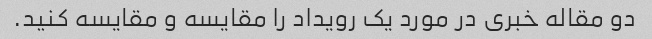
دو مقاله خبری در مورد یک رویداد را مقایسه و مقایسه کنید.